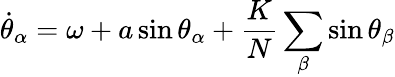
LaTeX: \dot{\theta}_{\alpha}=\omega+a\sin\theta_{\alpha}+\frac{K}{N}\sum_{\beta}\sin\theta_{\beta}